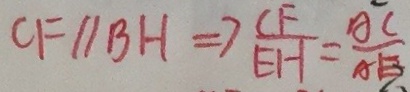
C F / / B H \Rightarrow \frac { C F } { E H } = \frac { A C } { A H }